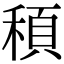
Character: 䅡